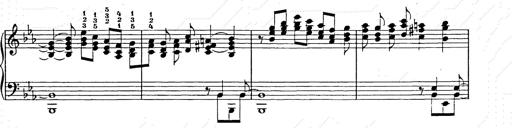
Title: Ballade No.2
Composer: Jan Skrzydlewski
Key: B minor